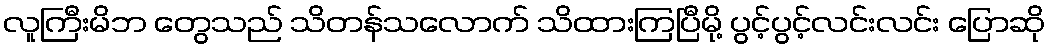
လူကြီးမိဘ တွေသည် သိတန်သလောက် သိထားကြပြီမို့ ပွင့်ပွင့်လင်းလင်း ပြောဆို